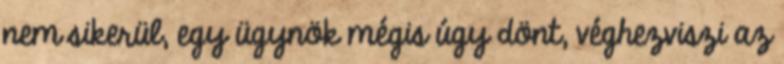
nem sikerül, egy ügynök mégis úgy dönt, véghezviszi az